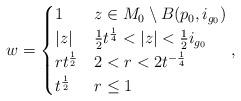
LaTeX: \begin{align*}w = \begin{cases}1 & z \in M_0 \setminus B(p_0, i_{g_0})\\|z| & \frac12 t^{\frac14} < |z| < \frac12 i_{g_0}\\r t^{\frac12} & 2 < r < 2 t^{-\frac14}\\t^{\frac12} & r \leq 1 \\\end{cases},\end{align*}